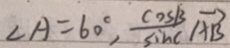
\angle A = 6 0 ^ { \circ } , \frac { \cos B } { \sin C } \overrightarrow { A B }